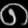
Digit: ၈